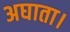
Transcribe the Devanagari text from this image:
अघाता।